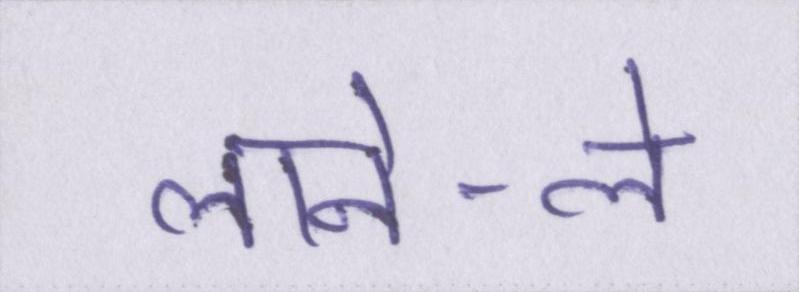
लाने-ले